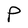
Character: P